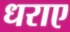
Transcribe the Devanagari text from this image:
धराए